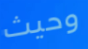
وحيث